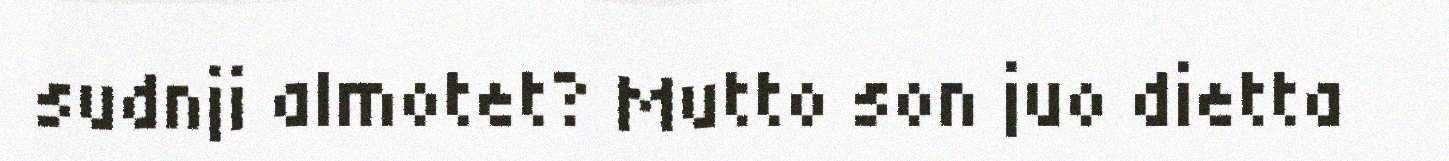
sudnji almotet? Mutto son juo dietta